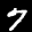
Label: 7